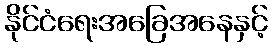
နိုင်ငံရေးအခြေအနေနှင့်